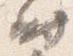
時